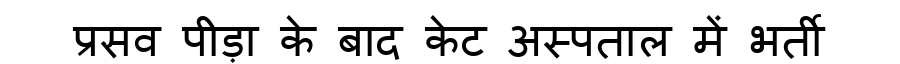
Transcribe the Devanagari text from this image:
प्रसव पीड़ा के बाद केट अस्पताल में भर्ती